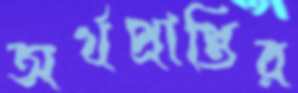
অর্থপ্রাপ্তির